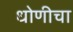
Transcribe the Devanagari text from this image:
धोणीचा